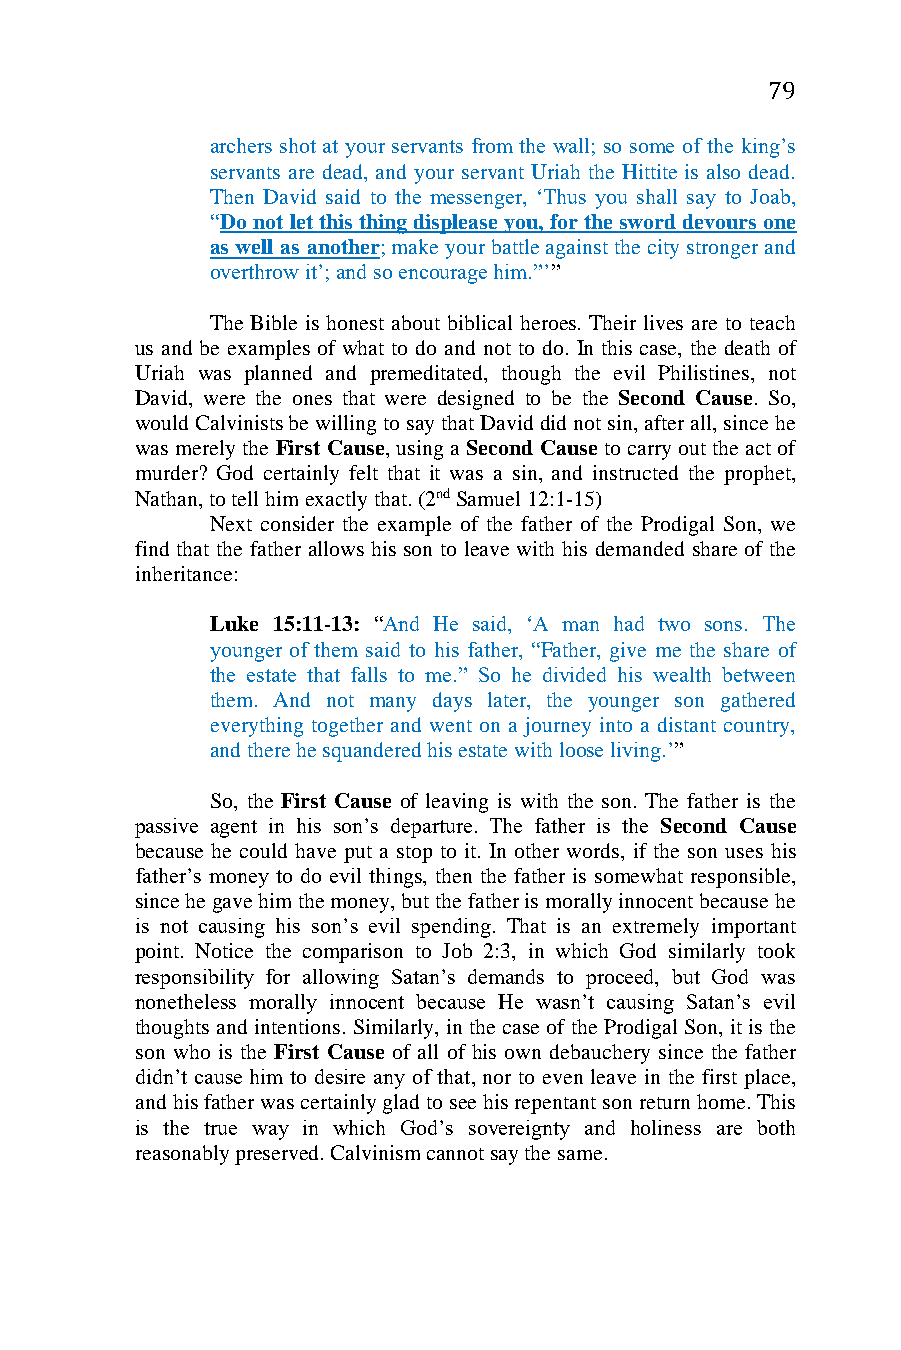
79
 archers shot at your servants from the wall; so some of the king’s
 servants are dead, and your servant Uriah the Hittite is also dead.
 Then David said to the messenger, ‘Thus you shall say to Joab,
 “Do not let this thing displease you, for the sword devours one
 as well as another; make your battle against the city stronger and
 overthrow it’; and so encourage him.”’”
 The Bible is honest about biblical heroes. Their lives are to teach
 us and be examples of what to do and not to do. In this case, the death of
 Uriah was planned and premeditated, though the evil Philistines, not
 David, were the ones that were designed to be the Second Cause. So,
 would Calvinists be willing to say that David did not sin, after all, since he
 was merely the First Cause, using a Second Cause to carry out the act of
 murder? God certainly felt that it was a sin, and instructed the prophet,
 Nathan, to tell him exactly that. (2nd Samuel 12:1-15)
 Next consider the example of the father of the Prodigal Son, we
 find that the father allows his son to leave with his demanded share of the
 inheritance:
 Luke 15:11-13: “And He said, ‘A man had two sons. The
 younger of them said to his father, “Father, give me the share of
 the estate that falls to me.” So he divided his wealth between
 them. And not many days later, the younger son gathered
 everything together and went on a journey into a distant country,
 and there he squandered his estate with loose living.’”
 So, the First Cause of leaving is with the son. The father is the
 passive agent in his son’s departure. The father is the Second Cause
 because he could have put a stop to it. In other words, if the son uses his
 father’s money to do evil things, then the father is somewhat responsible,
 since he gave him the money, but the father is morally innocent because he
 is not causing his son’s evil spending. That is an extremely important
 point. Notice the comparison to Job 2:3, in which God similarly took
 responsibility for allowing Satan’s demands to proceed, but God was
 nonetheless morally innocent because He wasn’t causing Satan’s evil
 thoughts and intentions. Similarly, in the case of the Prodigal Son, it is the
 son who is the First Cause of all of his own debauchery since the father
 didn’t cause him to desire any of that, nor to even leave in the first place,
 and his father was certainly glad to see his repentant son return home. This
 is the true way in which God’s sovereignty and holiness are both
 reasonably preserved. Calvinism cannot say the same.